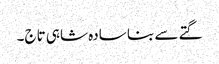
گتے سے بنا سادہ شاہی تاج۔